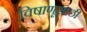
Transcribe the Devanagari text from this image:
विषाणूसाठी